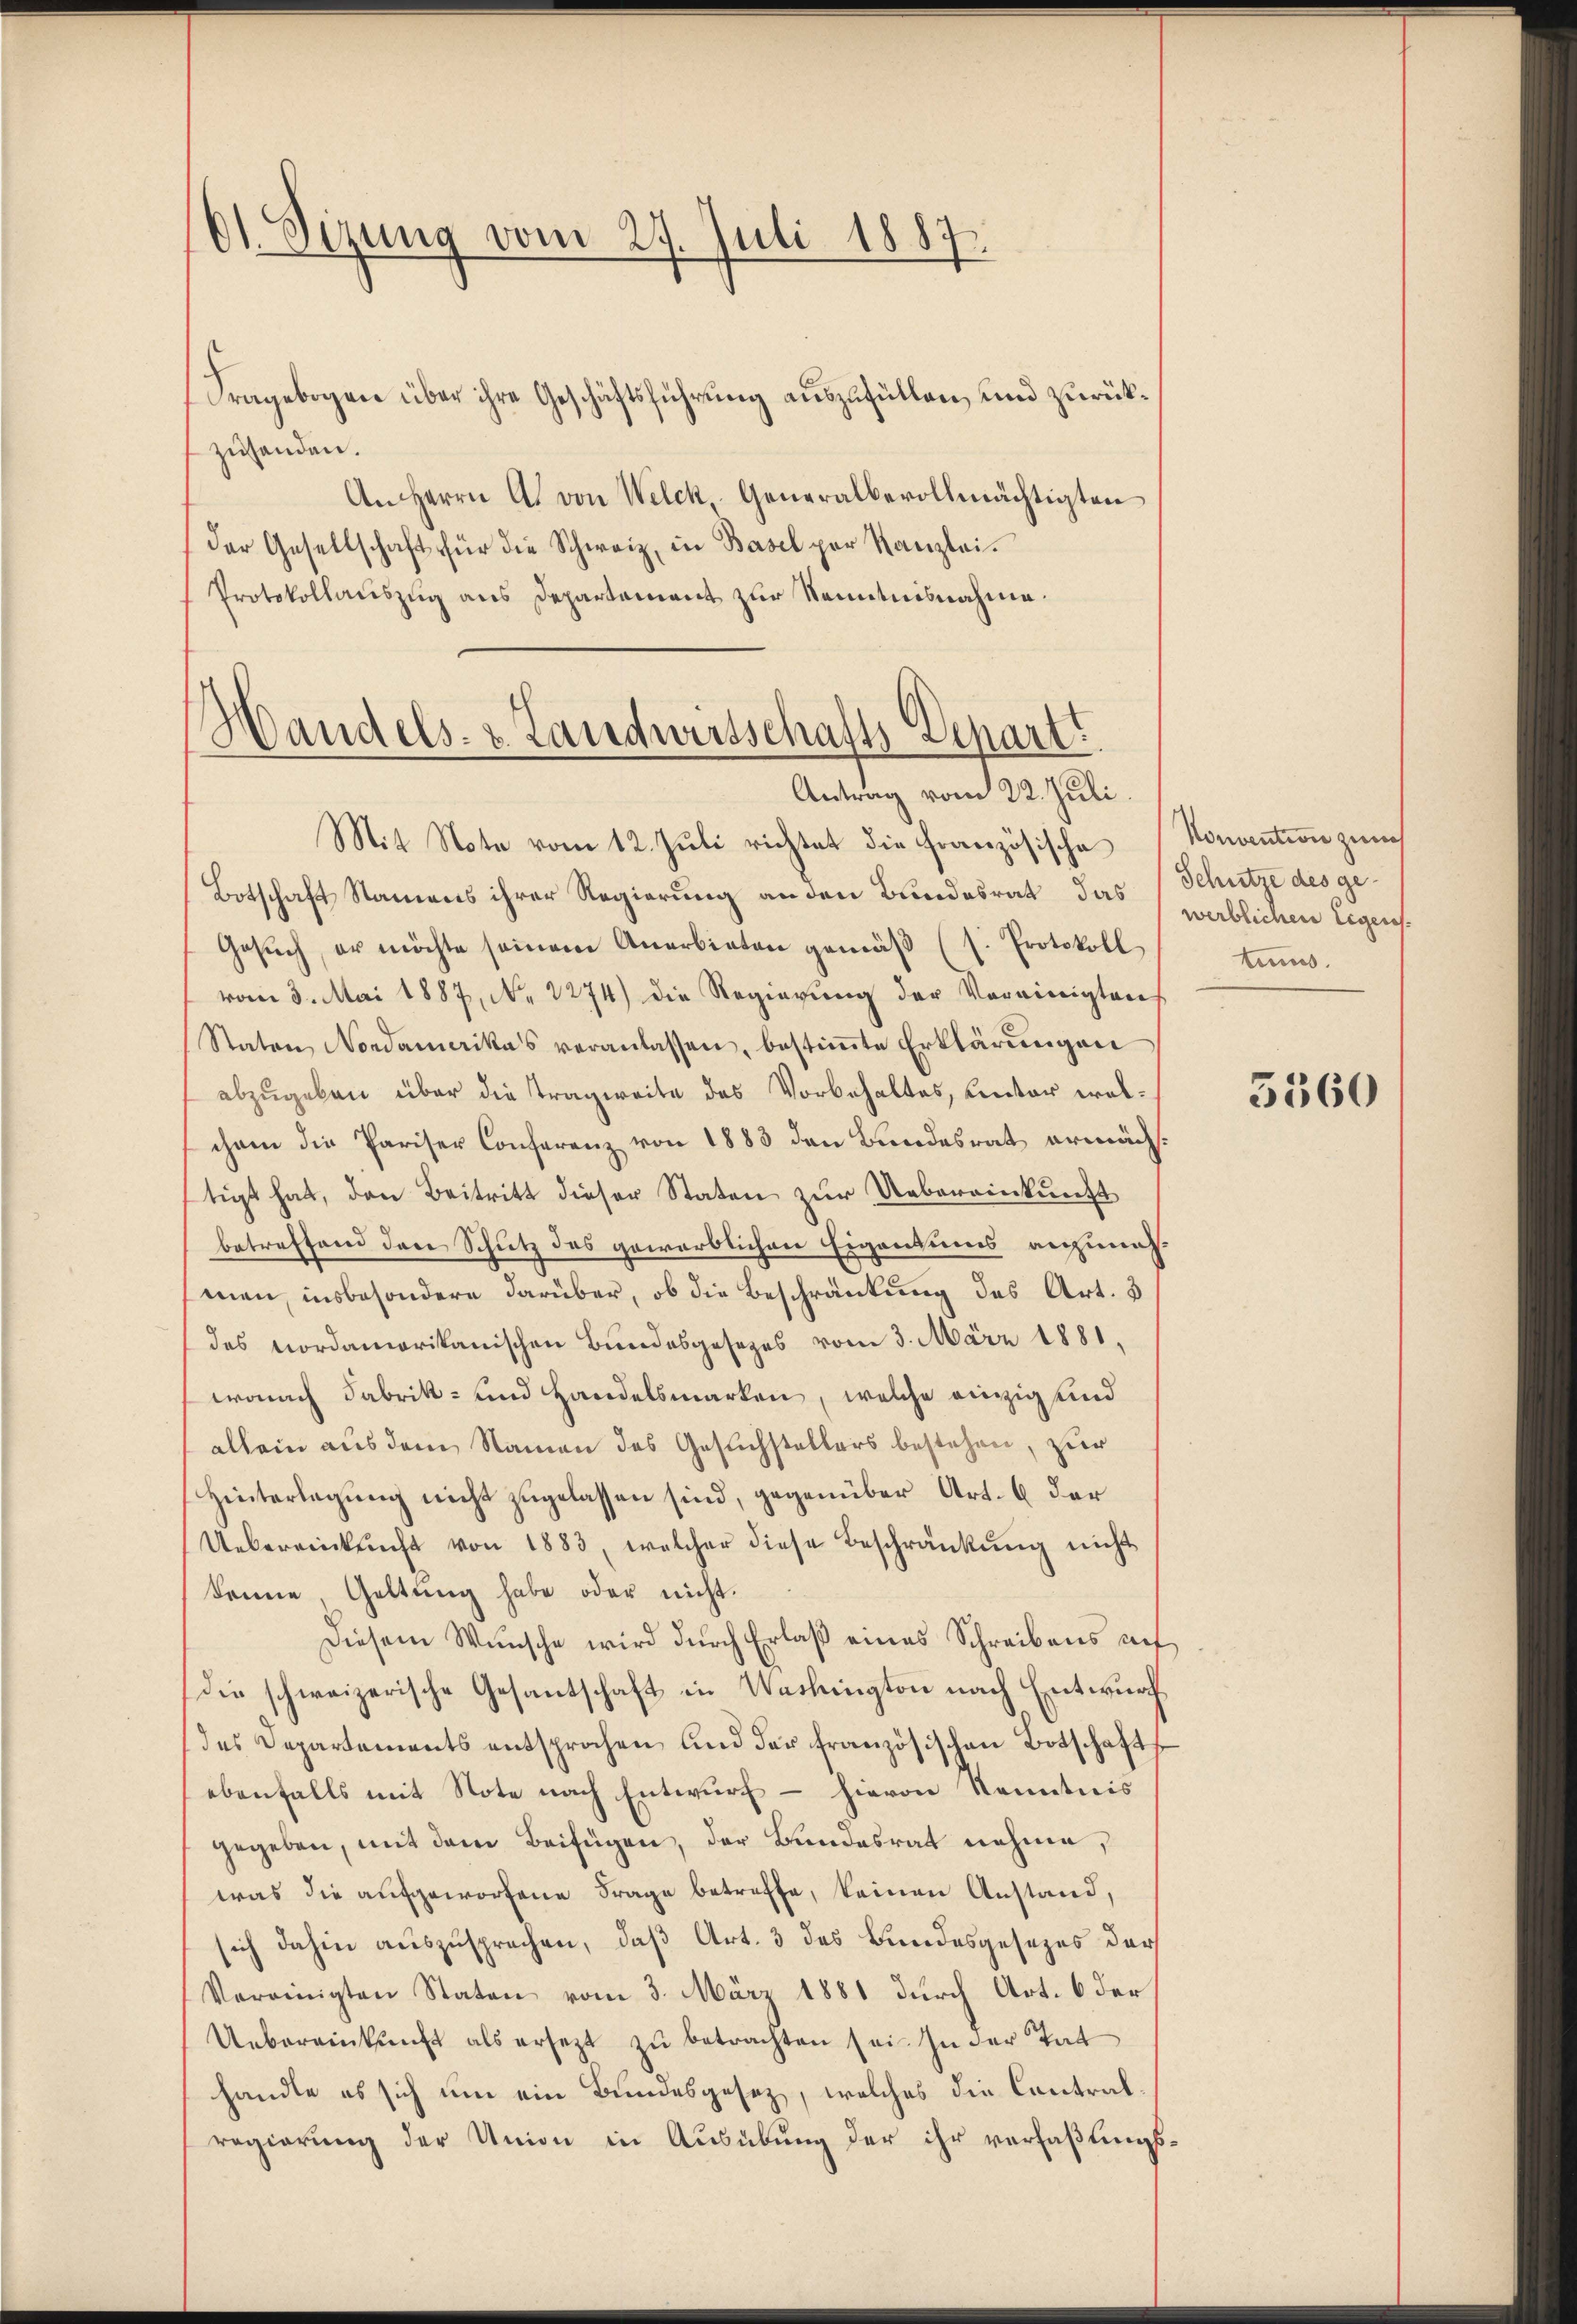
Ot. Sizung vom 27. Juli 1887

Fragebogen über ihre Geschäftsführung auszufüllen, und zurückzuhanden.
An Herrn A. von Welck, Generalbevollmächtigten
der Gesellschaft für die Schweiz, in Basel par Kanzlei.
Protokollauszug aus Departement zur Kenntnisnahme.

Handels. z. Landwirtschafts-Depart.
Antrag vom 22. Juli.

Mit Note vom 12. Juli richtet die Französische Konvention zum
Botschaft Namens ihrer Regierung an den Bundesrat das Schütze des ge¬
Gesŭch, er möchte seinem Anerbieten gemäβ (s. Protokoll
vom 3. Mai 1887, No 2274) die Regierung der Vereinigten
Staten Nordamerikas veranlassen, bestiṁte Erklärŭngen
abzugeben über die Tragweite des Vorbehaltes, unter wolchem die Pariser Conferenz von 1883 den Bundesrat ermäch
tigt hat, den Beitritt dieser Staten zur Uebereinkunft
betreffend der Schutz des gewerblichen Eigentums anzuneh-
men, insbesondere darüber, ob die Beschränkung des Art. 3
des nordamerikanischen Bundesgesezes vom 3. März 1881,
wonach Fabrik- und Handelsmarken, welche einzig und
allein aus dem Namen des Gesuchstellers bestehen, zur
Hinterlegung nicht zugelassen sind, gegenüber Art. 6 der
Uebereinkunft von 1883, welcher diese Beschränkung nicht
kenne Geltung habe oder nicht.
Diesem Wunsche wird durch Erlaß eines Schreibens auf
die schweizerische Gesantschaft in Washington nach Entwurf
des Departements entsprochen und der französischen Botschafts
ebenfalls mit Note nach Entwurf – hievon Kenntnis
gegeben, mit dem Beifügen, der Bundesrat nehme,
was die aufgeworfene Frage betreffe, keinen Anstand,
sich dahin auszusprechen, daß Art. 3 des Bundesgesezes der
Vereinigten Staten vom 3. März 1881 durch Art. 6 der
Uebereinkunft als ersezt zŭ betrachten sei. In der Tat
handle es sich um ein Bundesgesez, welches die Contralregierung der Union in Ausübung der ihr verfaßlings¬

werblichen Eigens.
tums.

5560